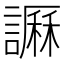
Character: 𧬎